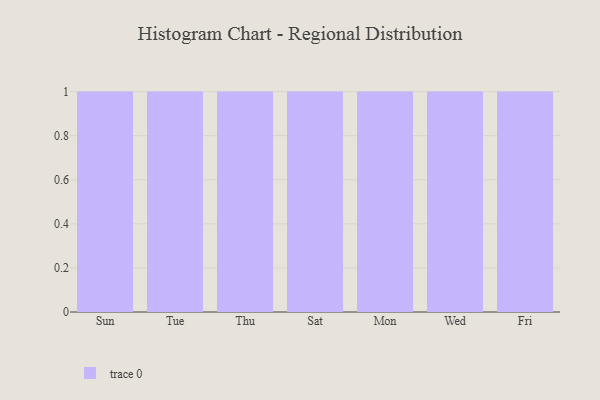
{"axis": {"x": "Day", "y": "Market Share (%)"}, "legend": [""], "data": [{"x": "Sun", "y": 80, "type": ""}, {"x": "Tue", "y": 6, "type": ""}, {"x": "Thu", "y": 1, "type": ""}, {"x": "Sat", "y": 100, "type": ""}, {"x": "Mon", "y": 73, "type": ""}, {"x": "Wed", "y": 84, "type": ""}, {"x": "Fri", "y": 72, "type": ""}]}